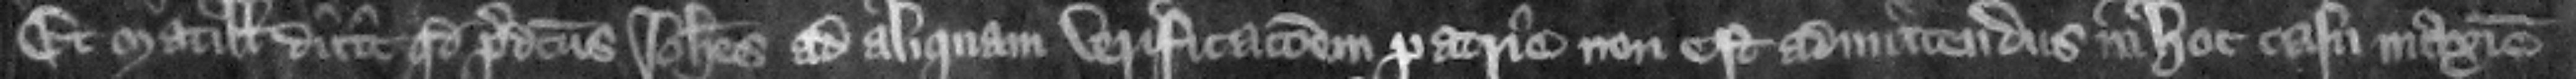
Et Matillis dicit quod predictus Iohannes ad aliquam verificacionem patrie non est admittendus in hoc casu maxime